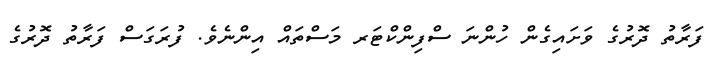
ފަރާތު ދޮރުގެ ވަށައިގެން ހުންނަ ސްފިންކްޓަރ މަސްތައް އިންނެވެ. ފުރަގަސް ފަރާތު ދޮރުގެ